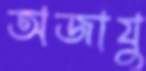
অজাযু